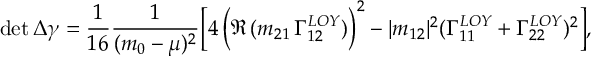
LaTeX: \operatorname * { d e t } \Delta \gamma = \frac { 1 } { 1 6 } \frac { 1 } { ( m _ { 0 } - \mu ) ^ { 2 } } \Big [ 4 \, \Big ( \Re \, ( m _ { 2 1 } \, { \Gamma } _ { 1 2 } ^ { L O Y } ) { \Big ) } ^ { 2 } - | m _ { 1 2 } | ^ { 2 } ( { \Gamma } _ { 1 1 } ^ { L O Y } + { \Gamma } _ { 2 2 } ^ { L O Y } ) ^ { 2 } \Big ] ,